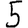
Digit: 5